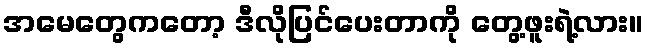
အမေတွေကတော့ ဒီလိုပြင်ပေးတာကို တွေ့ဖူးရဲ့လား။